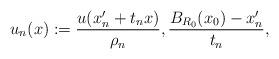
LaTeX: \begin{align*}u_{n}(x):=\frac{u(x_n'+t_n x)}{\rho_n}, \frac{B_{R_0}(x_0)-x_n'}{t_n},\end{align*}